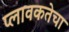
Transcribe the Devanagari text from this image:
प्लावकतेचा